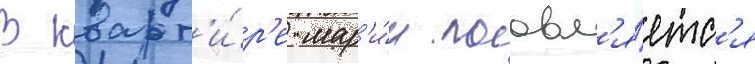
В кварт'и́р'е мар'и́и поавл'я́етс'я